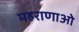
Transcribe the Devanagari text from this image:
महराणाओ